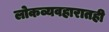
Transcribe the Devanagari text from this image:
लोकव्यवहारातही